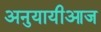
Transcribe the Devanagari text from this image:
अनुयायीआज